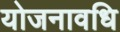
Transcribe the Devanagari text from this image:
योजनावधि